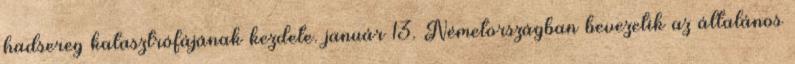
hadsereg katasztrófájának kezdete. január 13. Németországban bevezetik az általános